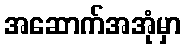
အဆောက်အအုံမှာ